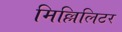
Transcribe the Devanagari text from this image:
मिल्लिलिटर